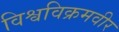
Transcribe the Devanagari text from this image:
विश्वविक्रमवीर